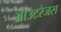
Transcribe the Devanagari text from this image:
आउटरेजस